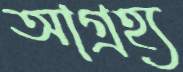
আগ্রহ্য